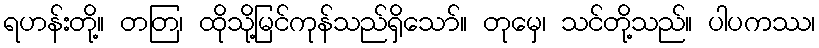
ရဟန်းတို့။ တတြ၊ ထိုသို့မြင်ကုန်သည်ရှိသော်။ တုမှေ၊ သင်တို့သည်။ ပါပကဿ၊